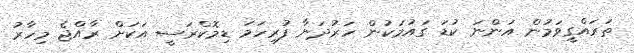
ތަރައްގީވަމުން އަންނަ ކުޑަ ގައުމަކުން ހަރުދަނާ ފުރިހަމަ ޑިމޮކްރަސީ އަކަށް ރާއްޖެ މިހާރު